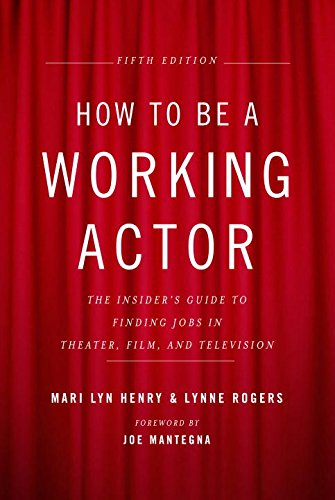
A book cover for How to Be a Working Actor, 5th Edition: The Insider's Guide to Finding Jobs in Theater, Film & Television; Mari Lyn Henry; Humor & Entertainment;